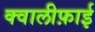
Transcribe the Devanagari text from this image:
क्वालीफ़ाई